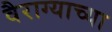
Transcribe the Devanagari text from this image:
वैराग्याच्या